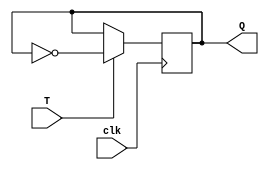
module t_flipflop (
    input wire T,
    input wire clk,
    output reg Q
);

always @(posedge clk) begin
    if (T == 1'b1)
        Q <= ~Q; // Toggle Q when T is high
end

endmodule